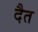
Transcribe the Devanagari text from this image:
दैत